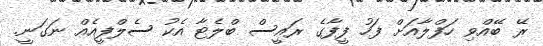
ރޭ ބޭއްވި ހަފްލާއަށް ފަހު ފީފާގެ ރައީސް ބްލެޓާ އެކު ސެލްފީއެއް ނަގަނީ.